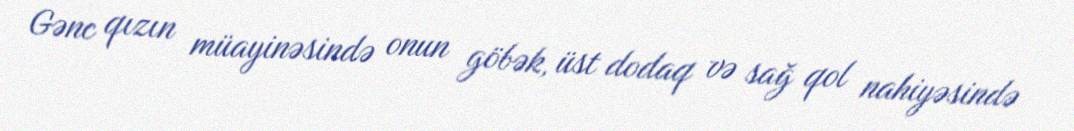
Gənc qızın müayinəsində onun göbək, üst dodaq və sağ qol nahiyəsində